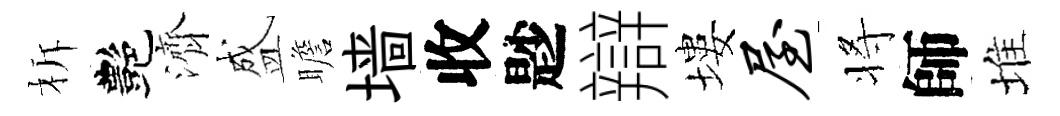
柝艷濟盛瞻墙收尟辯塿屋将師堆